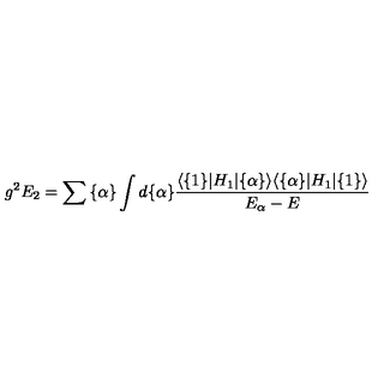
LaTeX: g ^ { 2 } E _ { 2 } = \sum { \{ \alpha \} } \int d \{ \alpha \} { \frac { \langle \{ 1 \} \vert H _ { 1 } \vert \{ \alpha \} \rangle \langle \{ \alpha \} \vert H _ { 1 } \vert \{ 1 \} \rangle } { E _ { \alpha } - E } }